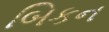
બિકન